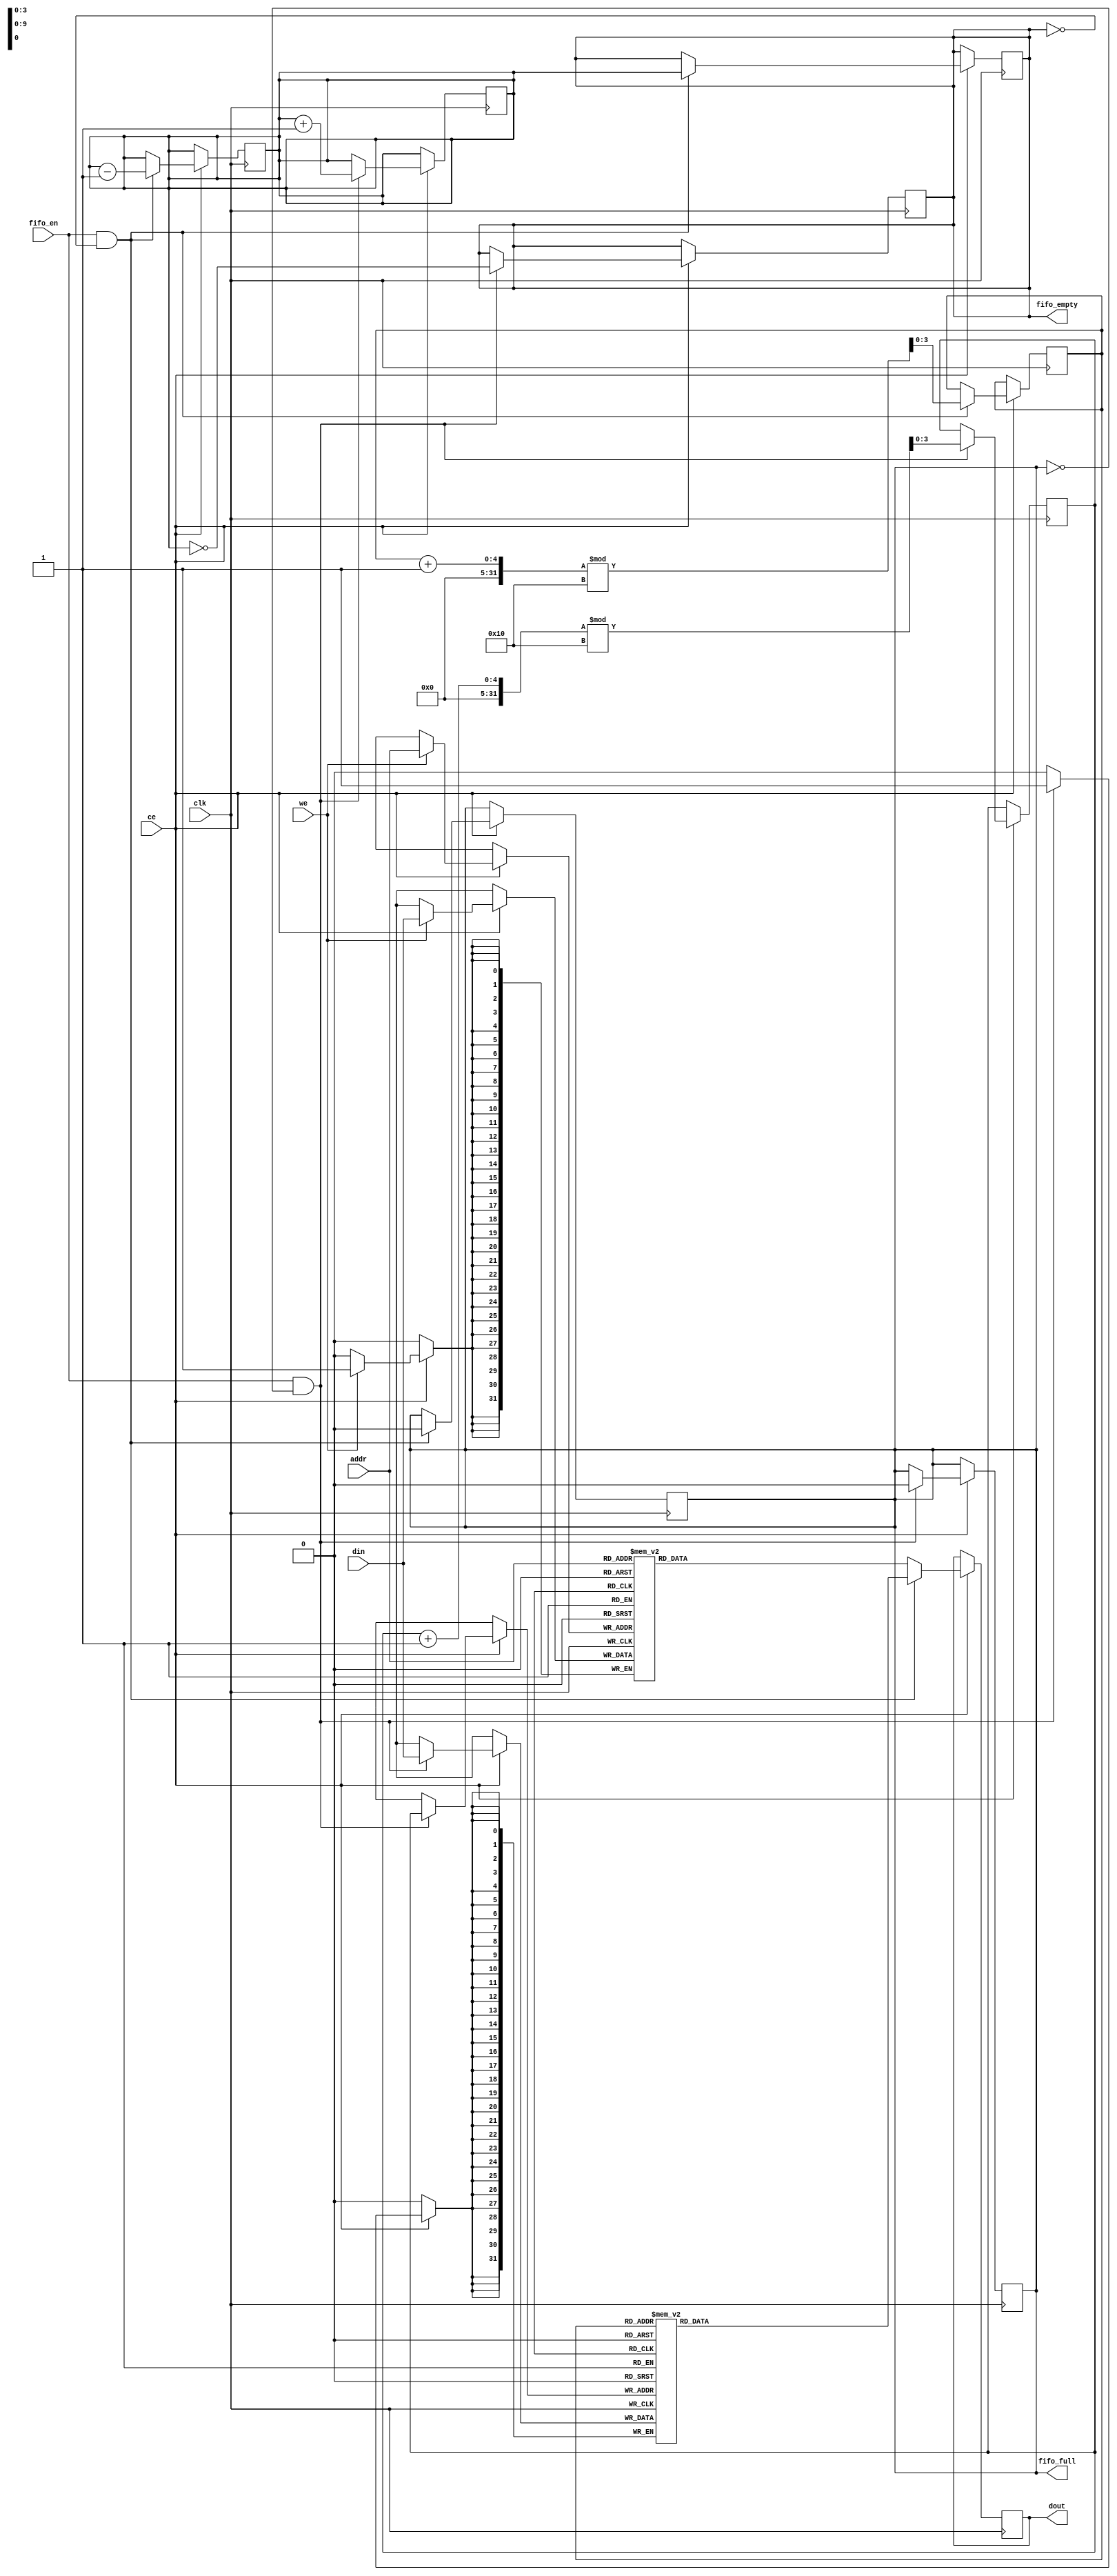
module pipeline_ram #(
    parameter DATA_WIDTH = 32,        // Width of data bus
    parameter ADDR_WIDTH = 10,        // Address width
    parameter BANKS = 4,              // Number of memory banks
    parameter FIFO_DEPTH = 16          // Depth of FIFO for I/O blocks
)(
    input                          clk,     // Clock signal
    input                          ce,      // Chip Enable
    input                          we,      // Write Enable
    input                          fifo_en, // FIFO Enable
    input [ADDR_WIDTH-1:0]        addr,    // Address bus
    input [DATA_WIDTH-1:0]        din,     // Data input
    output reg [DATA_WIDTH-1:0]   dout,    // Data output
    output reg                     fifo_empty, // FIFO empty status
    output reg                     fifo_full   // FIFO full status
);

  reg [DATA_WIDTH-1:0] memory [0:(1<<ADDR_WIDTH)-1]; // RAM Memory
  reg [DATA_WIDTH-1:0] fifo [0:FIFO_DEPTH-1];        // FIFO Memory
  reg [3:0] fifo_head;                                // FIFO head pointer
  reg [3:0] fifo_tail;                                // FIFO tail pointer
  reg fifo_count;                                     // FIFO counter
  
  // Initialize FIFO storage
  initial begin
      fifo_head = 0;
      fifo_tail = 0;
      fifo_count = 0;
      fifo_empty = 1;
      fifo_full = 0;
  end

  // Write operations
  always @(posedge clk) begin
      if (ce) begin
          if (we) begin
              memory[addr] <= din; // Write data to the RAM
          end
          if (fifo_en && !fifo_full) begin
              fifo[fifo_head] <= din; // Write to FIFO on enable
              fifo_head <= (fifo_head + 1) % FIFO_DEPTH; // Update head pointer
              fifo_count <= fifo_count + 1;
              fifo_empty <= (fifo_count == 0);
              fifo_full <= (fifo_count == FIFO_DEPTH - 1);
          end
      end
  end

  // Read operations
  always @(posedge clk) begin
      if (ce) begin
          dout <= memory[addr]; // Read data from the RAM
          if (fifo_en && !fifo_empty) begin
              dout <= fifo[fifo_tail]; // Read from FIFO
              fifo_tail <= (fifo_tail + 1) % FIFO_DEPTH; // Update tail pointer
              fifo_count <= fifo_count - 1;
              fifo_empty <= (fifo_count == 1);
              fifo_full <= (fifo_count == FIFO_DEPTH - 1);
          end
      end
  end

endmodule